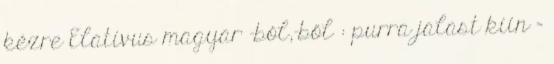
kézre Elativus magyar -ból,-ből : purra jalast kiin =